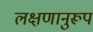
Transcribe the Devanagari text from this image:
लक्षणानुरूप